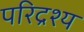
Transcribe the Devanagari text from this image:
परिद्रश्य